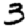
Digit: 3